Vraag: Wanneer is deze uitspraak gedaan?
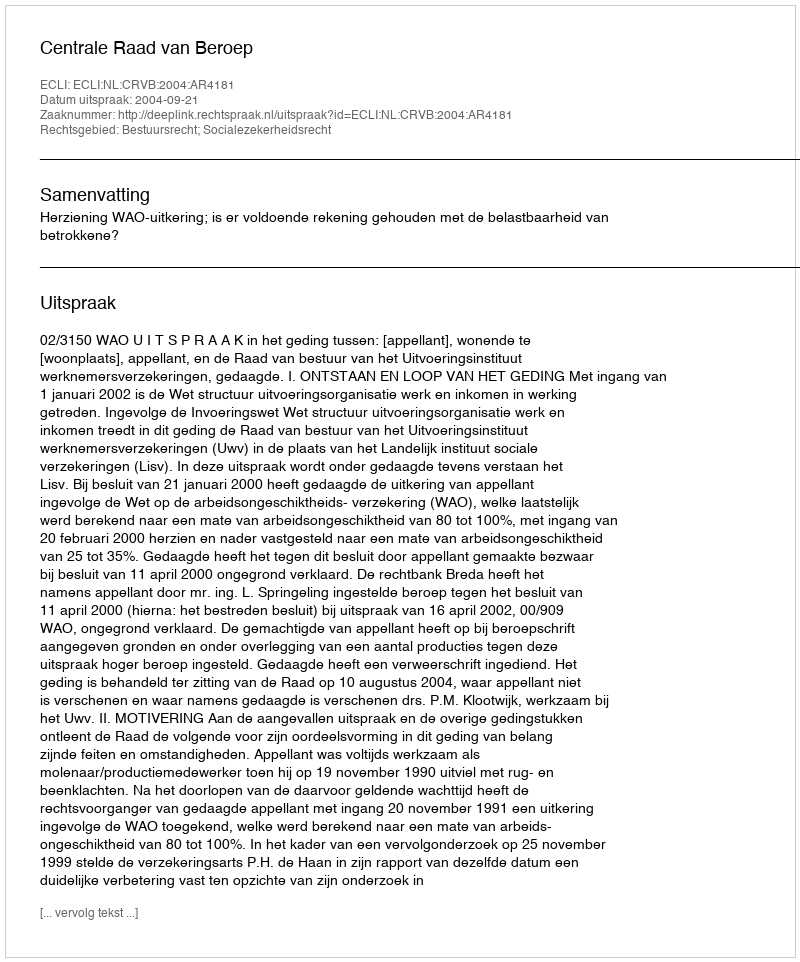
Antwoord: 2004-09-21